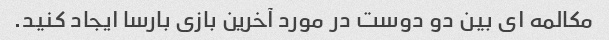
مکالمه ای بین دو دوست در مورد آخرین بازی بارسا ایجاد کنید.